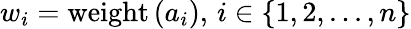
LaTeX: w_{i}=\mathrm{weight}\left(a_{i}\right),\, i\in\{ 1,2,...,n\}